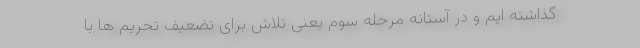
گذاشته ایم و در آستانه مرحله سوم یعنی تلاش برای تضعیف تحریم ها با